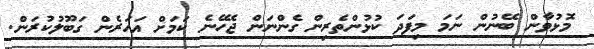
މޮޅުވާން ބޭނުން ނަމަ މިފަދަ ކުޅުންތެރިން ގެންނަން ޖެހޭނެ ކަމަށް އަހަރެން ގަބޫލުކުރަން.